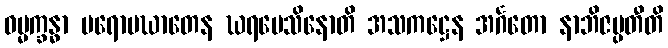
ဓမ္မက္ခန္ဓာ ပရောပဃာတေန ဃရမေသိနောတိ အသကဋ္ဌေန အင်္ဂတော နာဘိဇပ္ပတီတိ